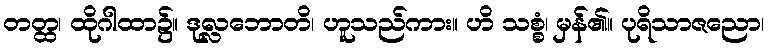
တတ္ထ၊ ထိုဂါထာ၌။ ဒုလ္လဘောတိ၊ ဟူသည်ကား။ ဟိ သစ္စံ၊ မှန်၏။ ပုရိသာဇညော၊